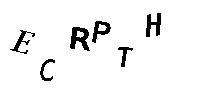
ECRPTH